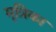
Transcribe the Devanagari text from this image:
मृत्रिका